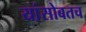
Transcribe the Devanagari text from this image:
यांसोबतच